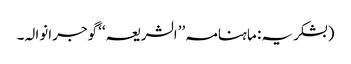
(بشکریہ: ماہنامہ ’’الشریعہ‘‘ گوجرانوالہ۔